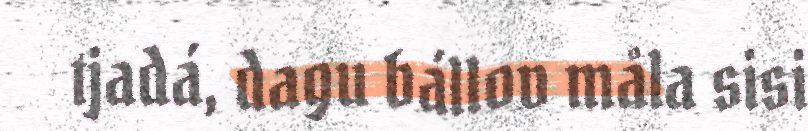
tjadá, dagu bállov måla sisi